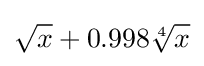
{\sqrt {x}}+0.998{\sqrt[{4}]{x}}